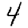
Digit: 4